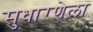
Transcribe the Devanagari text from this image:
सुधारणेला